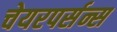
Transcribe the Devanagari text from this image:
चेयरपर्सन्स